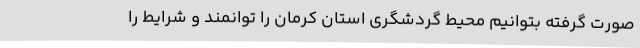
صورت گرفته بتوانیم محیط گردشگری استان کرمان را توانمند و شرایط را